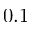
0 . 1